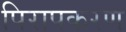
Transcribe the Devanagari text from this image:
पिरापकरण